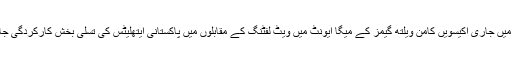
بریسبین میں جاری اکیسویں کامن ویلتھ گیمز کے میگا ایونٹ میں ویٹ لفٹنگ کے مقابلوں میں پاکستانی ایتھلیٹس کی تسلی بخش کارکردگی جاری ہے۔